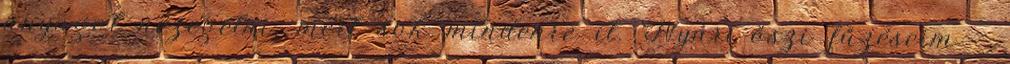
anyagot nézegetni, mert sok mindenre it. Nyári-őszi fűzéseim -